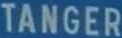
TANGER